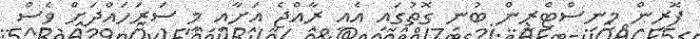
ފޮރިން މިނިސްޓްރީން ބުނި ގޮތުގައި އެއީ ރާއްޖެ އަށާއި މި ސަރަހައްދަށް ވެސް